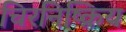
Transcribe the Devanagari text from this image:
चिरनिष्क्रिय